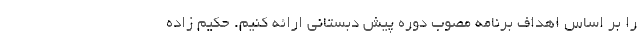
را بر اساس اهداف برنامه مصوب دوره پیش دبستانی ارائه کنیم. حکیم زاده